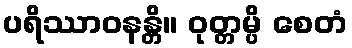
ပရိဿာဝနန္တိ။ ဝုတ္တမ္ပိ စေတံ